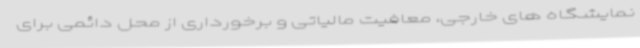
نمایشگاه های خارجی،‌ معافیت مالیاتی و برخورداری از محل دائمی برای